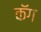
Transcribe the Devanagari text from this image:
कॅग